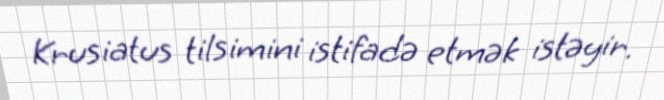
Krusiatus tilsimini istifadə etmək istəyir.